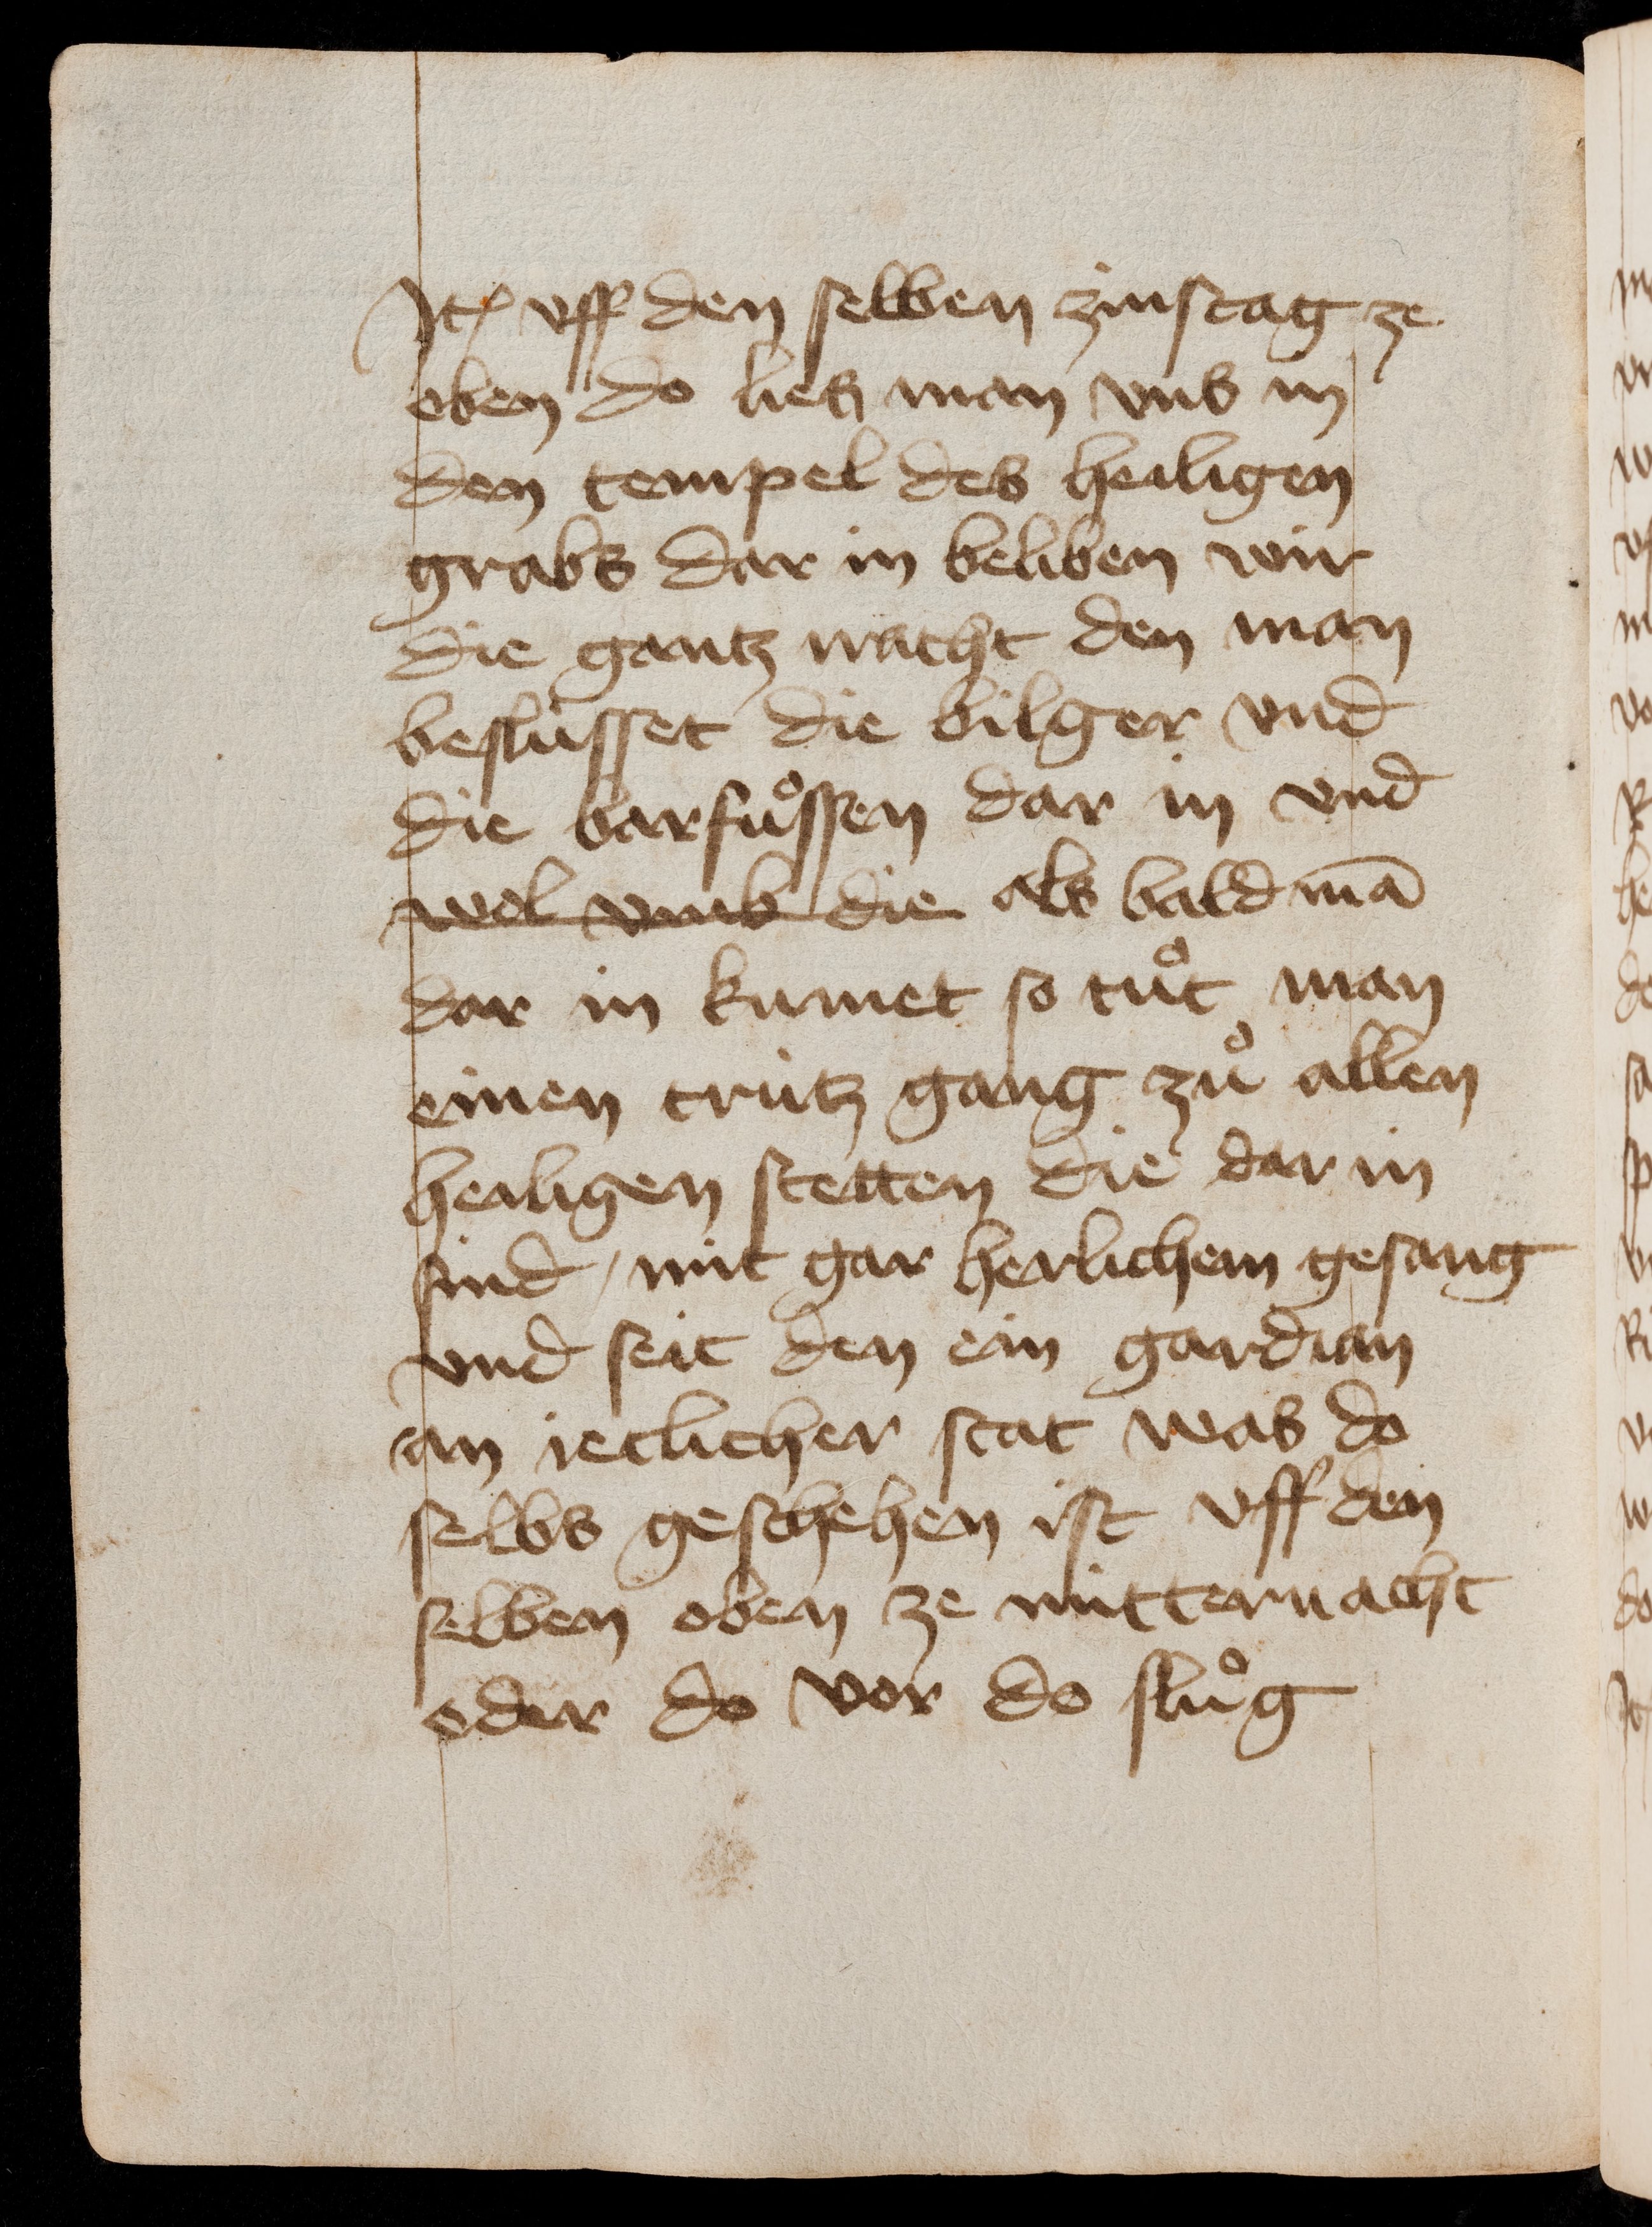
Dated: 1435–1475